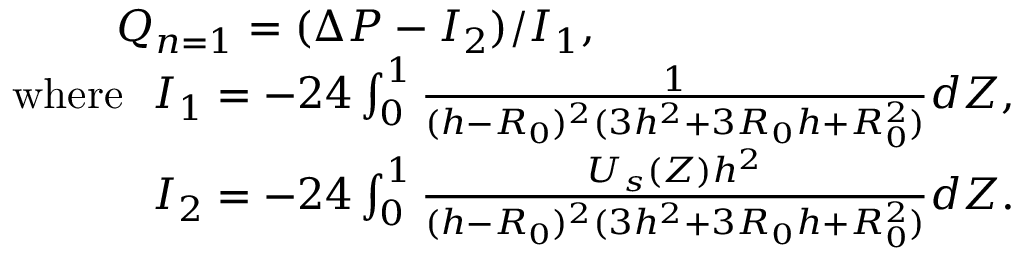
\begin{array} { r } { Q _ { n = 1 } = ( \Delta P - I _ { 2 } ) / I _ { 1 } , ~ ~ ~ ~ ~ ~ ~ ~ ~ ~ ~ ~ ~ ~ ~ ~ ~ ~ ~ ~ ~ ~ ~ ~ ~ ~ ~ ~ ~ } \\ { \mathrm { w h e r e } ~ ~ I _ { 1 } = - 2 4 \int _ { 0 } ^ { 1 } \frac { 1 } { ( h - R _ { 0 } ) ^ { 2 } ( 3 h ^ { 2 } + 3 R _ { 0 } h + R _ { 0 } ^ { 2 } ) } d Z , } \\ { I _ { 2 } = - 2 4 \int _ { 0 } ^ { 1 } \frac { U _ { s } ( Z ) h ^ { 2 } } { ( h - R _ { 0 } ) ^ { 2 } ( 3 h ^ { 2 } + 3 R _ { 0 } h + R _ { 0 } ^ { 2 } ) } d Z . } \end{array}